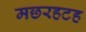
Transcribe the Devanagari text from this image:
मछरहटह